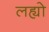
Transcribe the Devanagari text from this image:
लह्यो